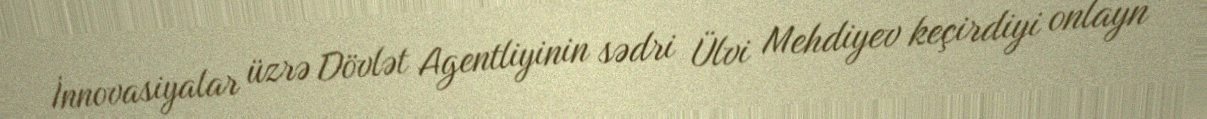
İnnovasiyalar üzrə Dövlət Agentliyinin sədri Ülvi Mehdiyev keçirdiyi onlayn